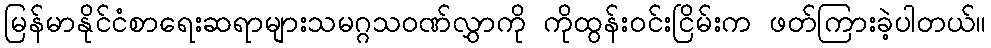
မြန်မာနိုင်ငံစာရေးဆရာများသမဂ္ဂသဝဏ်လွှာကို ကိုထွန်းဝင်းငြိမ်းက ဖတ်ကြားခဲ့ပါတယ်။